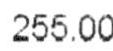
255.00